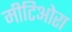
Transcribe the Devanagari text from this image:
मीटिओरा